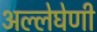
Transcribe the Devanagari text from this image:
अल्लेघेणी